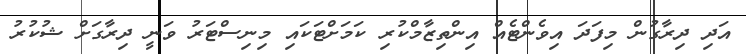
އަދި ދިރާގުން މިފަދަ އިވެންޓެއް އިންތިޒާމްކުރި ކަމަށްޓަކައި މިނިސްޓަރު ވަނީ ދިރާގަށް ޝުކުރު